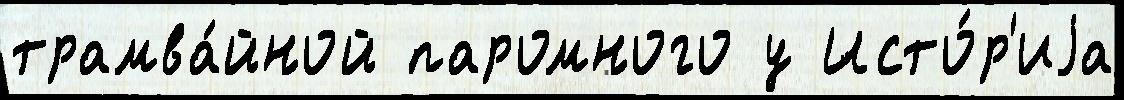
трамва́йной паромного у Исто́р'иjа